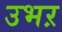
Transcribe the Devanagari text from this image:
उभऱ